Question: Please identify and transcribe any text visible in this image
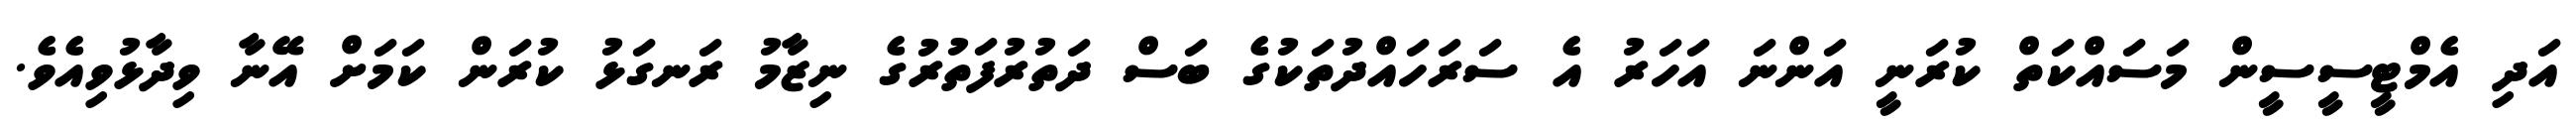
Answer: އަދި އެމްޓީސީސީން މަސައްކަތް ކުރަނީ އަންނަ އަހަރު އެ ސަރަހައްދުތަކުގެ ބަސް ދަތުރުފަތުރުގެ ނިޒާމު ރަނގަޅު ކުރަން ކަމަށް އޭނާ ވިދާޅުވިއެވެ.